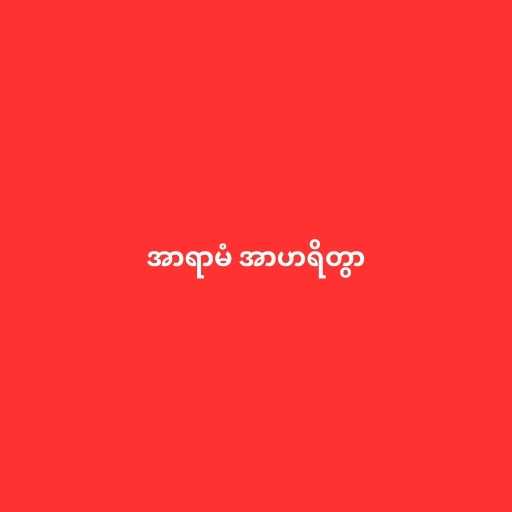
အာရာမံ အာဟရိတွာ